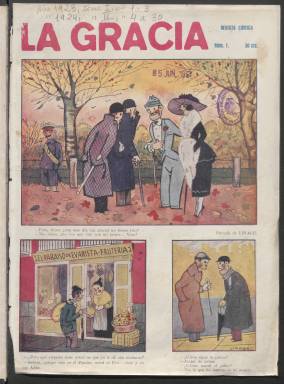
Título: La Gracia (Madrid)
Colección: Revistas satíricas y humorísticas
Ámbito geográfico: Madrid
Lugar de publicación: Madrid
Fechas: 13/12/1923-30/06/1924